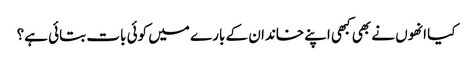
کیا انھوں نے بھی کبھی اپنے خاندان کے بارے میں کوئی بات بتائی ہے؟